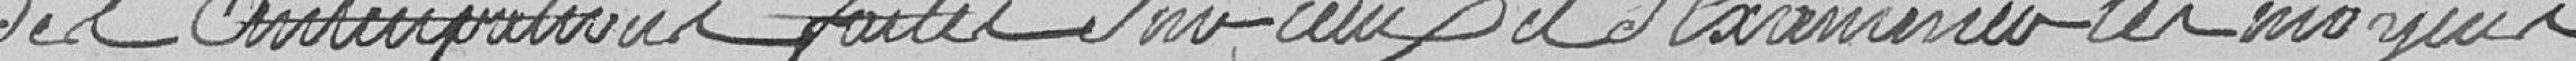
de l'anticipation faites soucieux et d'examiner les moyens